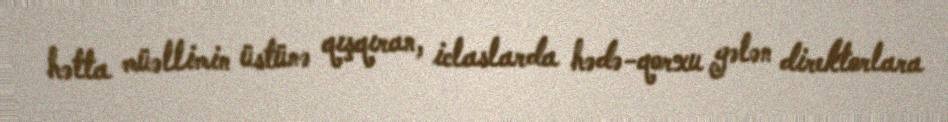
hətta müəllimin üstünə qışqıran, iclaslarda hədə-qorxu gələn direktorlara